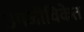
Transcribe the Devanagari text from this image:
उपजीविकेत